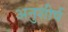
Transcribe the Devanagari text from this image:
अनुशीर्ष